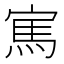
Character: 𱚏